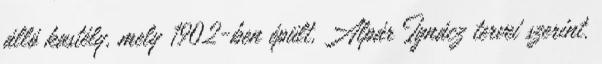
álló kastély, mely 1902-ben épült, Alpár Ignácz tervei szerint.